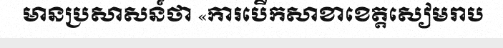
មានប្រសាសន៍ថា «ការបើកសាខាខេត្តសៀមរាប